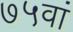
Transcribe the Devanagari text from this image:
७५वां